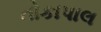
તોકાપાલ